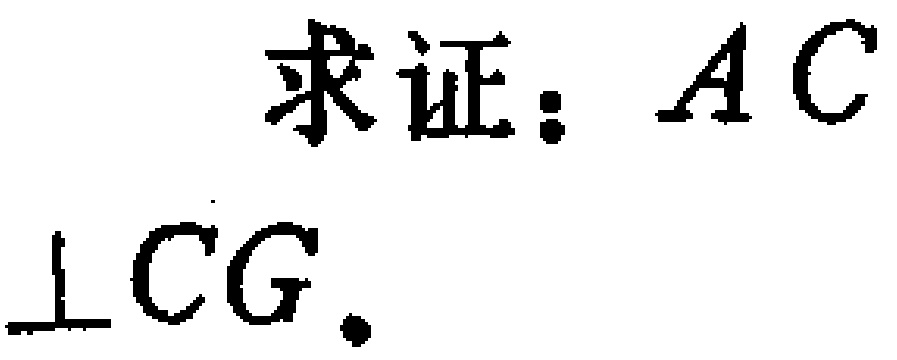
求证：$AC\perp CG$。